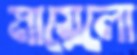
মায়েলো